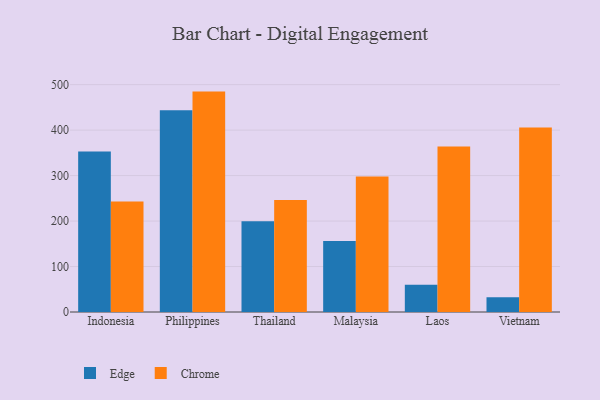
{"axis": {"x": "Country", "y": "Temperature (°C)"}, "legend": ["Chrome", "Edge"], "data": [{"x": "Indonesia", "y": 353.2, "type": "Edge"}, {"x": "Indonesia", "y": 243.2, "type": "Chrome"}, {"x": "Philippines", "y": 443.5, "type": "Edge"}, {"x": "Philippines", "y": 484.7, "type": "Chrome"}, {"x": "Thailand", "y": 199.4, "type": "Edge"}, {"x": "Thailand", "y": 246.4, "type": "Chrome"}, {"x": "Malaysia", "y": 155.9, "type": "Edge"}, {"x": "Malaysia", "y": 298.0, "type": "Chrome"}, {"x": "Laos", "y": 60.2, "type": "Edge"}, {"x": "Laos", "y": 364.1, "type": "Chrome"}, {"x": "Vietnam", "y": 32.5, "type": "Edge"}, {"x": "Vietnam", "y": 405.9, "type": "Chrome"}]}